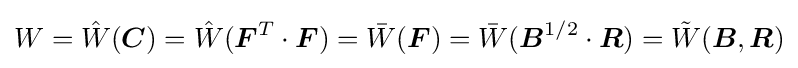
W={\hat {W}}({\boldsymbol {C}})={\hat {W}}({\boldsymbol {F}}^{T}\cdot {\boldsymbol {F}})={\bar {W}}({\boldsymbol {F}})={\bar {W}}({\boldsymbol {B}}^{1/2}\cdot {\boldsymbol {R}})={\tilde {W}}({\boldsymbol {B}},{\boldsymbol {R}})